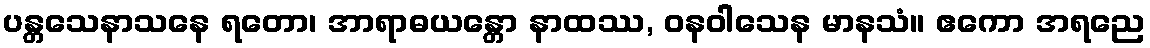
ပန္တသေနာသနေ ရတော၊ အာရာဓယန္တော နာထဿ, ဝနဝါသေန မာနသံ။ ဧကော အရညေ